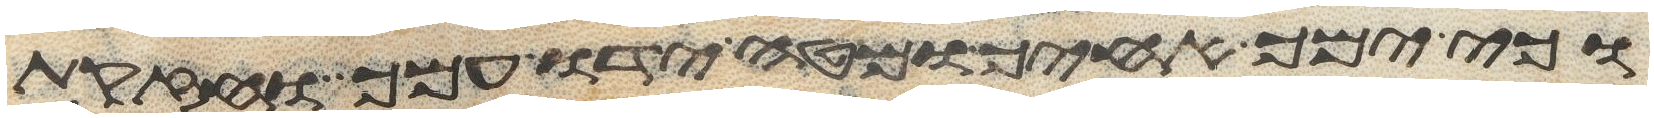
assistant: וכי ימך אחיך ומטה ידו עמך וחזקת